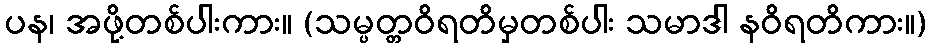
ပန၊ အဖို့တစ်ပါးကား။ (သမ္ပတ္တဝိရတိမှတစ်ပါး သမာဒါ နဝိရတိကား။)